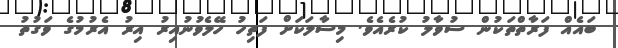
ބައެއް ފަރާތްތަކުން ސުވާލު ކުރެއެވެ. މިސާލަކަށް ފަތިހު ހޭލެވުނުއިރު އިރު އެރުމުގެ ވަގުތު